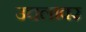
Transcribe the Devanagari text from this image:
उचलावर